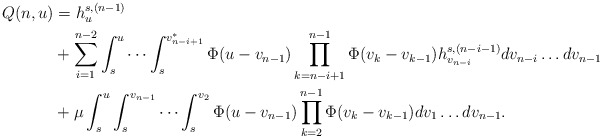
\begin{align*}Q(n,u)&=h_u^{s,(n-1)} \\&+ \sum_{i=1}^{n-2} \int_s^u \cdots \int_s^{v_{n-i+1}^*} \Phi(u-v_{n-1}) \prod_{k=n-i+1}^{n-1} \Phi(v_k-v_{k-1}) h_{v_{n-i}}^{s,(n-i-1)} dv_{n-i} \ldots dv_{n-1} \\&+ \mu \int_s^u \int_s^{v_{n-1}} \cdots \int_s^{v_2} \Phi(u-v_{n-1}) \prod_{k=2}^{n-1} \Phi(v_k-v_{k-1}) dv_1\ldots dv_{n-1}.\end{align*}